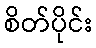
စိတ်ပိုင်း